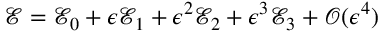
\mathcal { E } = \mathcal { E } _ { 0 } + \epsilon \mathcal { E } _ { 1 } + \epsilon ^ { 2 } \mathcal { E } _ { 2 } + \epsilon ^ { 3 } \mathcal { E } _ { 3 } + \mathcal { O } ( \epsilon ^ { 4 } )